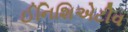
ઈનિશિએટીવ